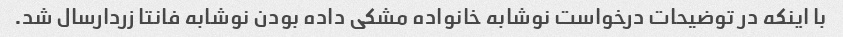
با اینکه در توضیحات درخواست نوشابه خانواده مشکی داده بودن نوشابه فانتا زردارسال شد.